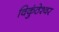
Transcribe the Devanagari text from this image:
विकुंठेश्वर